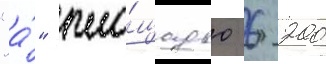
"а́" пло́щадью 6 200